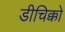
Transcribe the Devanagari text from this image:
डीचिक्को